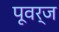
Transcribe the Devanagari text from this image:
पूवर्ज